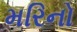
મરિનો